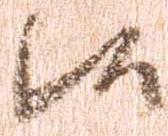
候